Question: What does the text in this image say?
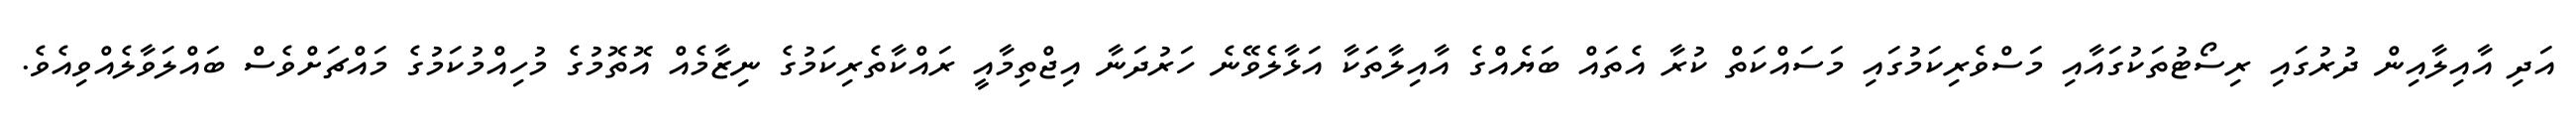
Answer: އަދި އާއިލާއިން ދުރުގައި ރިސޯޓުތަކުގައާއި މަސްވެރިކަމުގައި މަސައްކަތް ކުރާ އެތައް ބަޔެއްގެ އާއިލާތަކާ އަޅާލެވޭނެ ހަރުދަނާ އިޖްތިމާއީ ރައްކާތެރިކަމުގެ ނިޒާމެއް އޮތޮމުގެ މުހިއްމުކަމުގެ މައްޗަށްވެސް ބައްލަވާލެއްވިއެވެ.